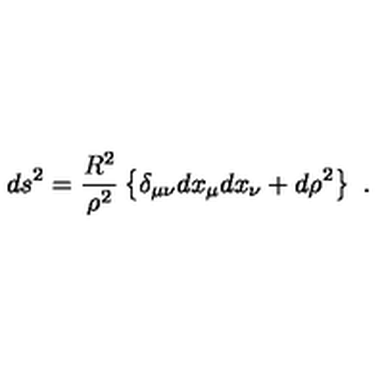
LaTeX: d s ^ { 2 } = \frac { R ^ { 2 } } { \rho ^ { 2 } } \left\{ \delta _ { \mu \nu } d x _ { \mu } d x _ { \nu } + d \rho ^ { 2 } \right\} \ .